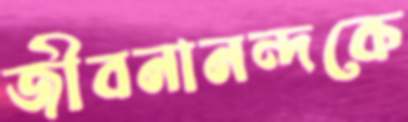
জীবনানন্দকে